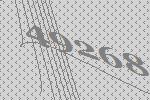
49268